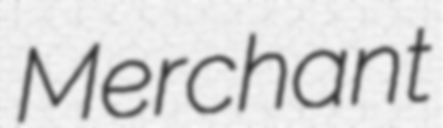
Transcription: Merchant